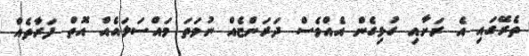
ތެރޭގައި އެ ރަށާއި ގުޅިގެން އެއްވެސް ދަރަންޏެއް ނުވަތަ މައްސަލައެއް އޮތް ފަރާތެއް